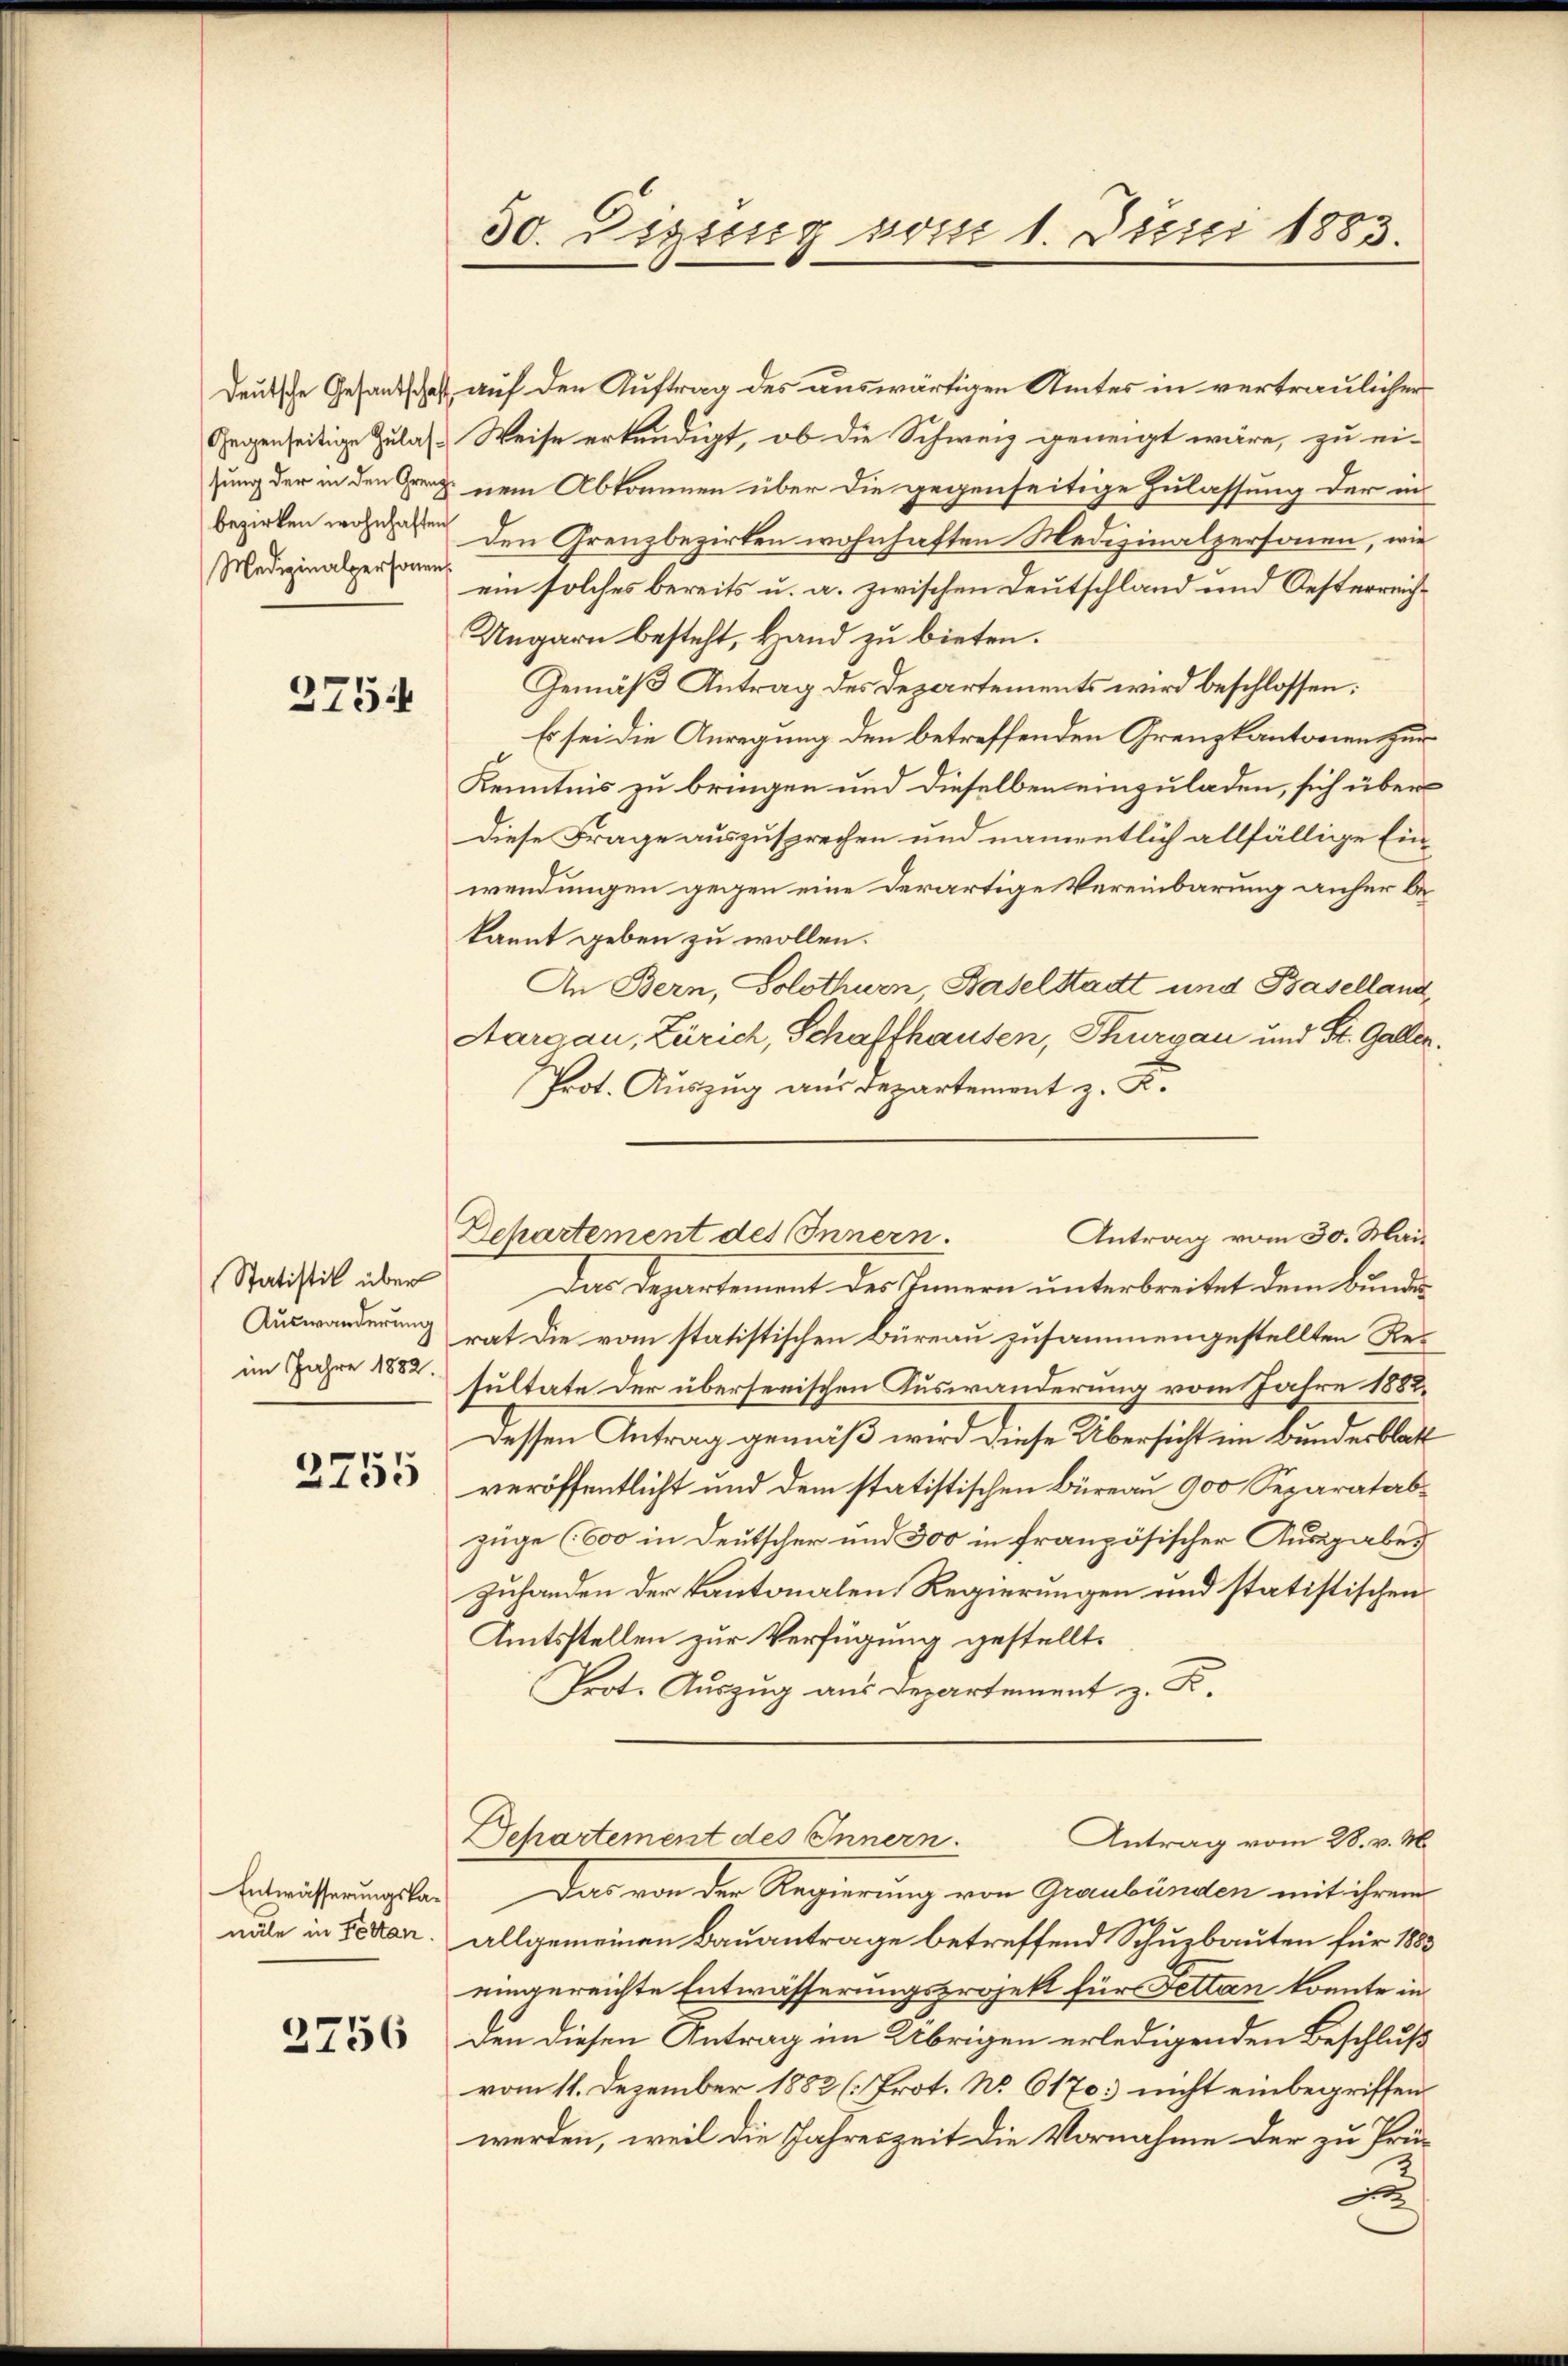
Medizinalpersonen,

3754

Statistik über
im Jahre 1882.

2755

näle in Fettan.

2756

30. Digung vom 1. Junii 1883.

Deutsche Gesandschaft auf den Auftrag des auswärtigen Amtes in vertraulicher
Gegenseitige Zulas. Weise erkundigt, ob die Schweiz geneigt wäre, zu ei-
zung der in den Grenz nem Abkommen über die gegenseitige Zulassung der in
bezirken worden den Grenzbezirken wohnhaften Medizinalpersonen, wie
ein solches bereits u. a. zwischen Deutschland und Oesterreich¬
Ungarn besteht, Hand zu bieten.
Gemäß Antrag des Departements wird beschlossen:
Es sei die Anregung den betreffenden Grenzkantonen zur
Kenntnis zu bringen und dieselben einzuladen, sich über
Diese Frage auszusprechen und namentlich allfällige Einwendungen gegen eine derartige Vereinbarung anher bekannt geben zu wollen.
An Bern, Solothurn, Baselstadt und Baselland¬
Aargau, Zürich, Schaffhausen, Thurgau und St. Galler.
Prot. Auszug aus Departement z. K.
Das Departement des Innern unterbreitet dem Bunde
Auswanderung rat die vom statistischen Büreau zusammengestellten Resultate der übersenischen Auswanderung vom Jahre 1882.
Dessen Antrag gemäß wird diese Übersicht im Bundesblatt
veröffentlicht und dem statistischen Büreau 900 Separatabzüge (600 in Deutscher und 300 in französischer Ausgabes
zuhanden der Kantonalen Regierungen und statistischen
Amtsstellen zur Verfügung gestellt.
Prot. Auszug aus Departement z. K.
Dchartement des Innern.
Antrag vom 28. v. M.
Entwässerungska. Das von der Regierung von Graubünden mit ihrem
allgemeinen Bauantrage betreffend Schuzbauten für 1883
eingereichte Entwässerungsprojekt für Fettan konnte in
den diesen Antrag im Übrigen erledigenden Beschluß
vom 11. Dezember 1882 (Prot. No. 6170 nicht einbegriffenwerden, weil die Jahreszeit die Vornahme der zu Prü¬
A

Departement des Innern.
Antrag vom 30. Mai